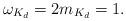
LaTeX: \begin{align*} \omega_{K_d}=2 m_{K_d}=1. \end{align*}